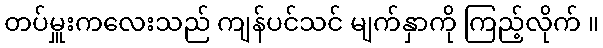
တပ်မှူးကလေးသည် ကျန်ပင်သင် မျက်နှာကို ကြည့်လိုက် ။